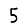
Digit: 5